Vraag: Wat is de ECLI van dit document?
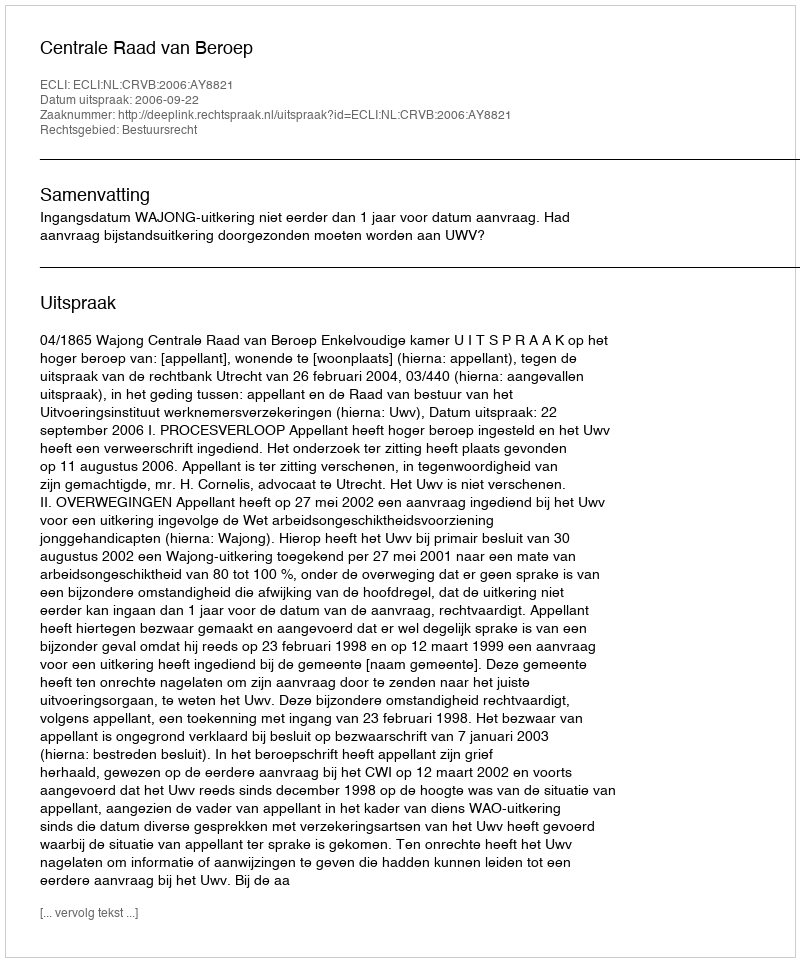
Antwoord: ECLI:NL:CRVB:2006:AY8821